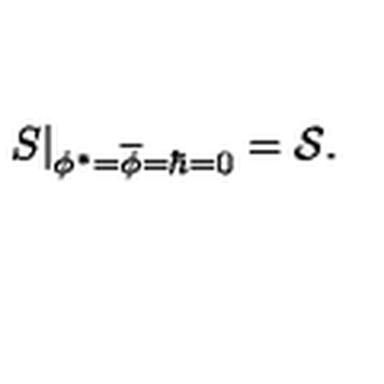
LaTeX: \left. S \right| _ { \phi ^ { \ast } = \overline { { \phi } } = \hbar = 0 } = { \cal S } .